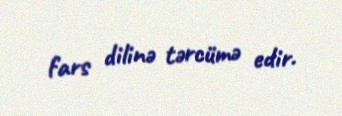
fars dilinə tərcümə edir.